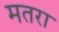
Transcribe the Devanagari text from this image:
मतरा